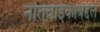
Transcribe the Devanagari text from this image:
नातेवाइकांबद्दल